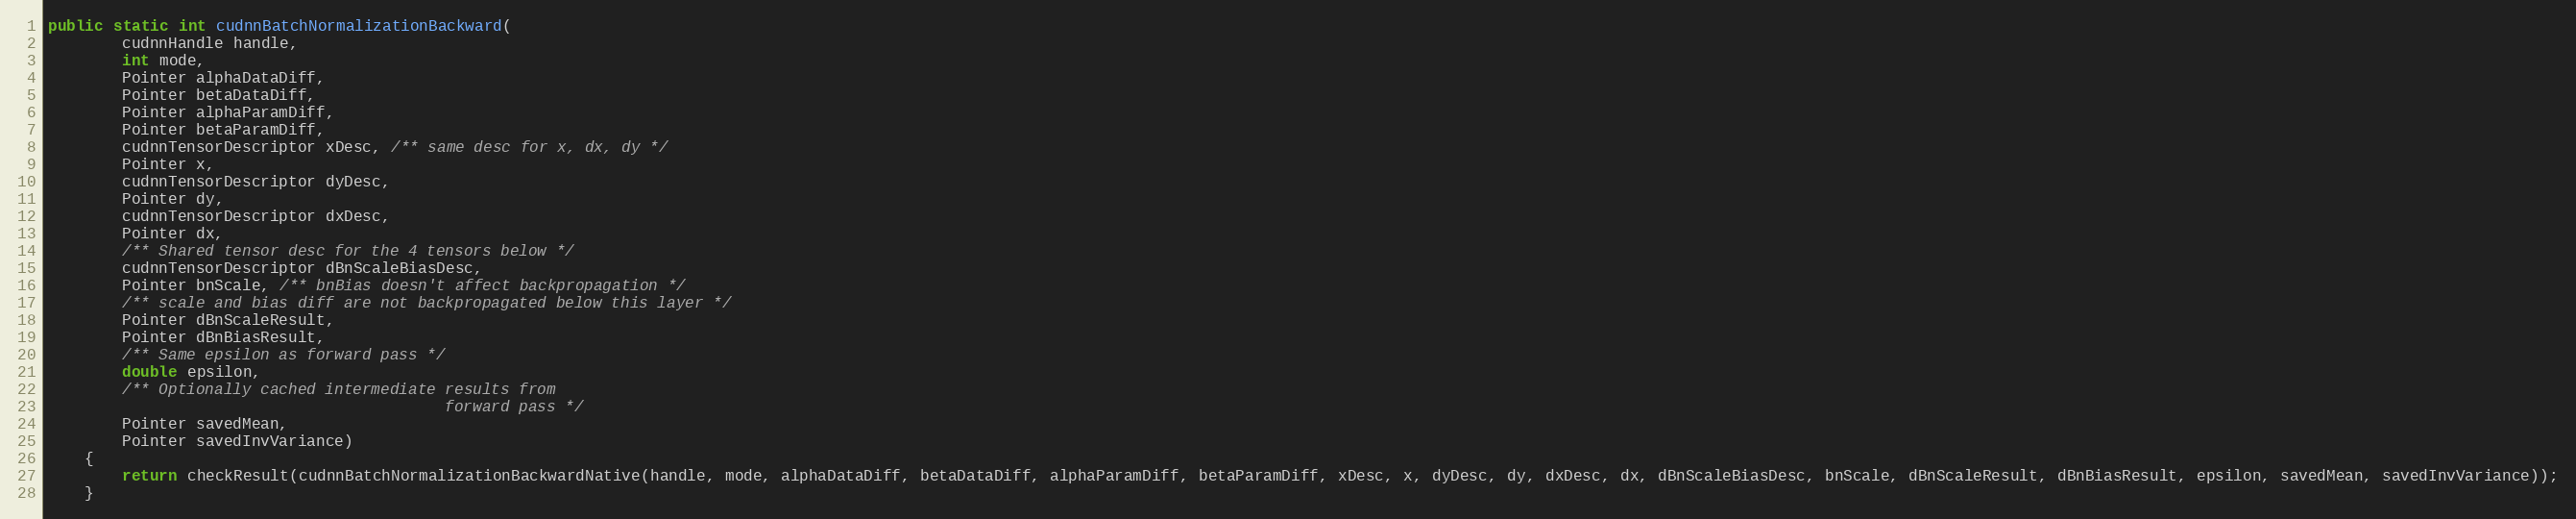
Language: Java
public static int cudnnBatchNormalizationBackward(
        cudnnHandle handle,
        int mode,
        Pointer alphaDataDiff,
        Pointer betaDataDiff,
        Pointer alphaParamDiff,
        Pointer betaParamDiff,
        cudnnTensorDescriptor xDesc, /** same desc for x, dx, dy */
        Pointer x,
        cudnnTensorDescriptor dyDesc,
        Pointer dy,
        cudnnTensorDescriptor dxDesc,
        Pointer dx,
        /** Shared tensor desc for the 4 tensors below */
        cudnnTensorDescriptor dBnScaleBiasDesc,
        Pointer bnScale, /** bnBias doesn't affect backpropagation */
        /** scale and bias diff are not backpropagated below this layer */
        Pointer dBnScaleResult,
        Pointer dBnBiasResult,
        /** Same epsilon as forward pass */
        double epsilon,
        /** Optionally cached intermediate results from
                                           forward pass */
        Pointer savedMean,
        Pointer savedInvVariance)
    {
        return checkResult(cudnnBatchNormalizationBackwardNative(handle, mode, alphaDataDiff, betaDataDiff, alphaParamDiff, betaParamDiff, xDesc, x, dyDesc, dy, dxDesc, dx, dBnScaleBiasDesc, bnScale, dBnScaleResult, dBnBiasResult, epsilon, savedMean, savedInvVariance));
    }